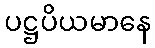
ပဋ္ဌပိယမာနေ